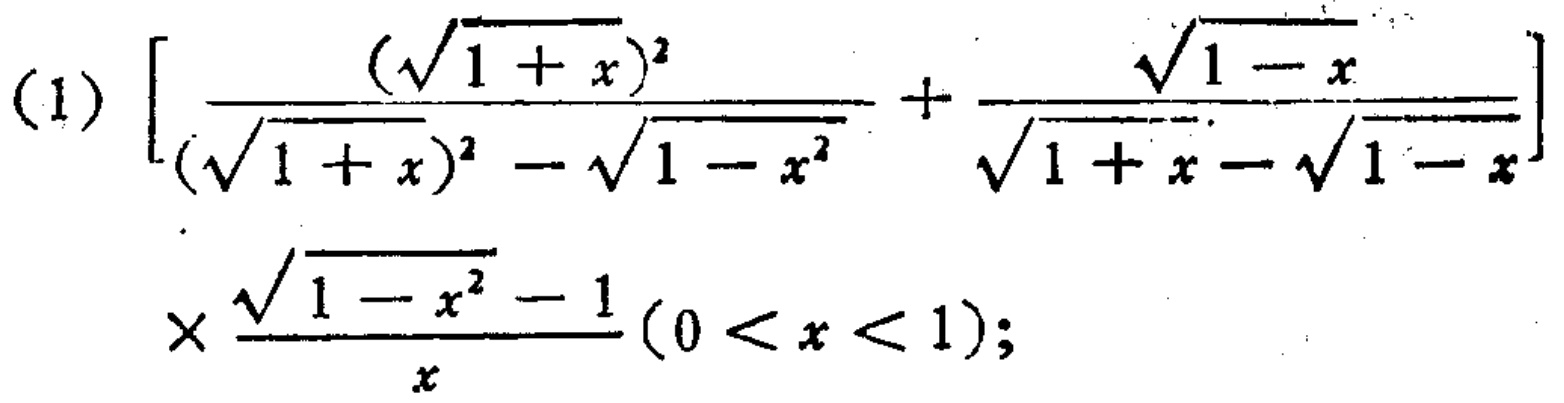
\[

(1)\left[\frac{(\sqrt{1 + x})^2}{(\sqrt{1 + x})^2-\sqrt{1 - x^2}}+\frac{\sqrt{1 - x}}{\sqrt{1 + x}-\sqrt{1 - x}}\right]\times\frac{\sqrt{1 - x^2}-1}{x}(0 < x < 1);

\]